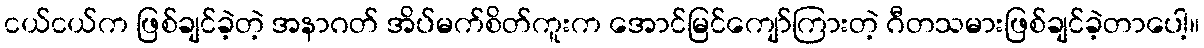
ငယ်ငယ်က ဖြစ်ချင်ခဲ့တဲ့ အနာဂတ် အိပ်မက်စိတ်ကူးက အောင်မြင်ကျော်ကြားတဲ့ ဂီတသမားဖြစ်ချင်ခဲ့တာပေါ့။